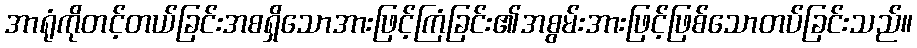
အာရုံကိုတင့်တယ်ခြင်းအစရှိသောအားဖြင့်ကြံခြင်း၏အစွမ်းအားဖြင့်ဖြစ်သောတပ်ခြင်းသည်။